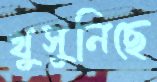
খুসুনিছে